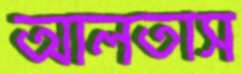
আলতাস